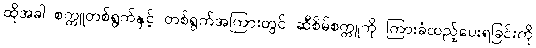
ထိုအခါ စက္ကူတစ်ရွက်နှင့် တစ်ရွက်အကြားတွင် ဆီစိမ်စက္ကူကို ကြားခံထည့်ပေးရခြင်းကို